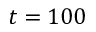
t = 1 0 0